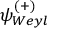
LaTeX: \psi _ { W e y l } ^ { ( + ) }